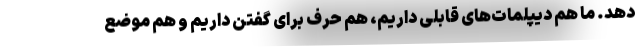
دهد. ما هم دیپلمات‌های قابلی داریم، هم حرف برای گفتن داریم و هم موضع